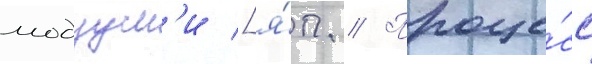
модзум'и [я́п. // Проце́сс